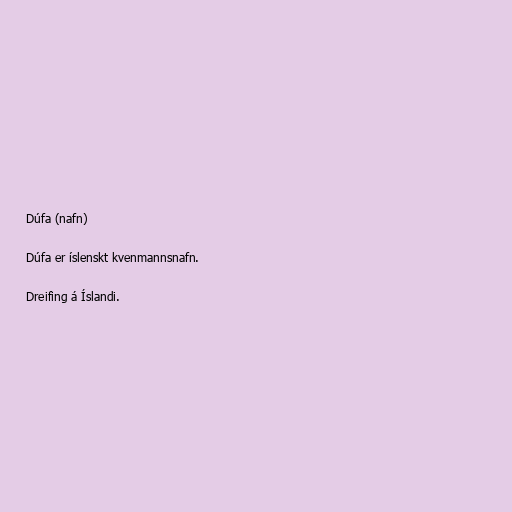
Dúfa (nafn)

Dúfa er íslenskt kvenmannsnafn.

Dreifing á Íslandi.